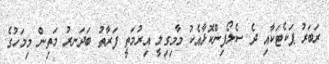
ރަބަރު ޕަކެޓަކާއި ދެ ސެލޯފިންކޮޅާއެކު މާމިގިލީ އިރުމަތީ ފަރާތު ބަދަނރު މަތިން މިމަހުގެ